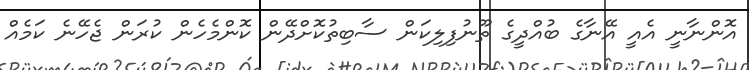
އޮންނާނީ އެއީ އޭނާގެ ބުއްދީގެ ތޫނުފިލިކަން ސާބިތުކޮށްދޭން ކޮންމެހެން ކުރަން ޖެހޭނެ ކަމެއް